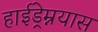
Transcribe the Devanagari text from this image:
हाईड्रेम्नयास